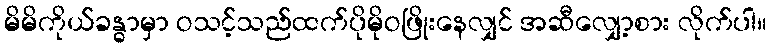
မိမိကိုယ်ခန္ဓာမှာ ဝသင့်သည်ထက်ပိုမိုဝဖြိုးနေလျှင် အဆီလျှော့စား လိုက်ပါ။